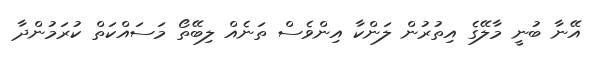
އޭނާ ބުނީ މާލޭގެ އިތުރުން ލަންކާ އިންވެސް ތަނެއް ލިބޭތޯ މަސައްކަތް ކުރަމުންދާ